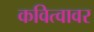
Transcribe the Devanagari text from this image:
कवित्वावर